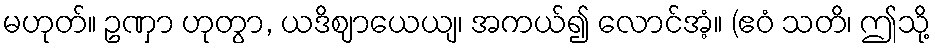
မဟုတ်။ ဥဏှာ ဟုတွာ, ယဒိဈာယေယျ၊ အကယ်၍ လောင်အံ့။ (ဧဝံ သတိ၊ ဤသို့